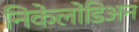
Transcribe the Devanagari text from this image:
निकेलोडिअन